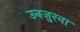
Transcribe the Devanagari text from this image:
उनज़ुरना